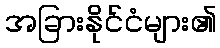
အခြားနိုင်ငံများ၏